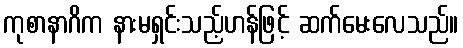
ကုစာနာဂိက နားမရှင်းသည့်ဟန်ဖြင့် ဆက်မေးလေသည်။